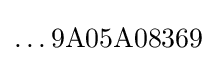
\ldots 9{\text{A}}05{\text{A}}08369